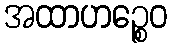
အထာဟဉ္စေဝ